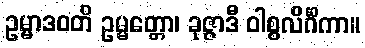
ဥမ္မာဒဝတိ ဥမ္မတ္တော၊ ခုဇ္ဇာဒီ ဝါစ္စလိင်္ဂိကာ။